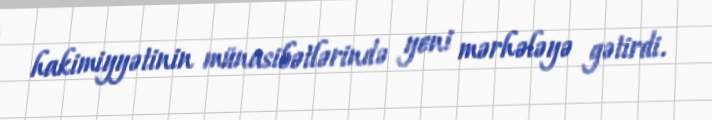
hakimiyyətinin münasibətlərində yeni mərhələyə gətirdi.